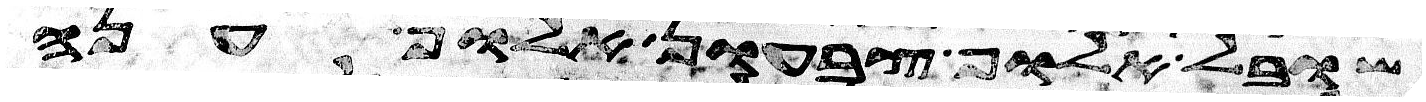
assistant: שובל אלוף צבעון אלוף ענה